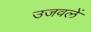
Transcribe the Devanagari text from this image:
उजवलें